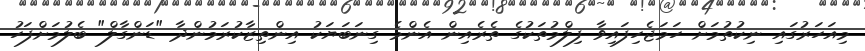
މިއަހަރުގައި ނިކުތުމަށް ހަމަޖެހިފައިވާ ފިލްމުތަކުގެ ތެރެއިން އެންމެ ގިނަބަޔަކު އިންތިޒާކުރަމުންދާ "ޑަންގާލް" ބެލުމަށްފަހު